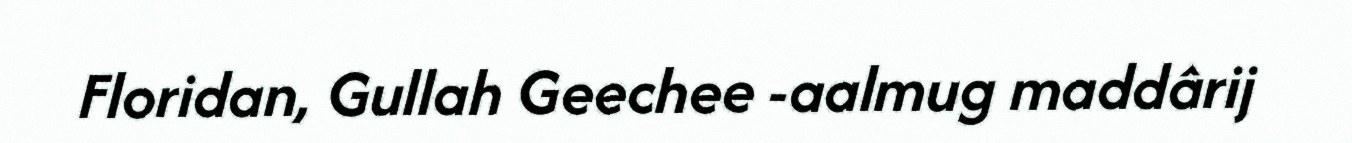
Floridan, Gullah Geechee -aalmug maddârij